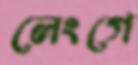
লেংগে